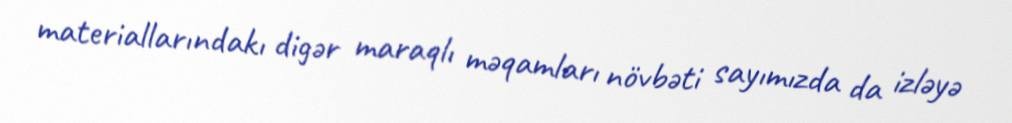
materiallarındakı digər maraqlı məqamları növbəti sayımızda da izləyə